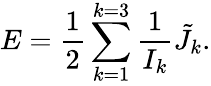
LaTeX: E=\frac{1}{2}\sum_{k=1}^{k=3}\frac{1}{I_{k}}{\tilde{J}}_{k}.